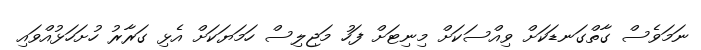
ނަމަވެސް ގާތްގަނޑަކަށް ވިއްސަކަށް މިނިޓަށް ފަހު މަޖިލިސް ހަމަޔަކަށް އެޅި ގަރާރު ހުށަހަޅުއްވައި